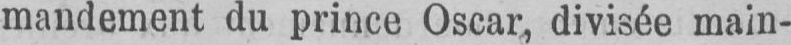
mandement du prince Oscar, divisée main-